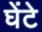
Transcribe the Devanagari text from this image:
घेंटे